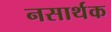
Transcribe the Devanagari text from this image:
नसार्थक